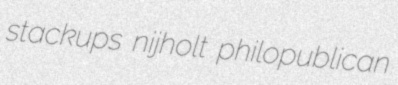
stackups nijholt philopublican